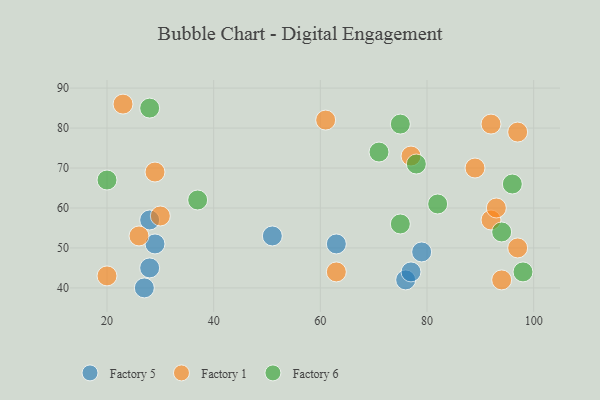
{"axis": {"x": "GDP", "y": "Life Expectancy"}, "legend": ["Factory 1", "Factory 5", "Factory 6"], "data": [{"x": "63", "y": 51, "type": "Factory 5"}, {"x": "28", "y": 45, "type": "Factory 5"}, {"x": "79", "y": 49, "type": "Factory 5"}, {"x": "76", "y": 42, "type": "Factory 5"}, {"x": "29", "y": 51, "type": "Factory 5"}, {"x": "28", "y": 57, "type": "Factory 5"}, {"x": "51", "y": 53, "type": "Factory 5"}, {"x": "77", "y": 44, "type": "Factory 5"}, {"x": "27", "y": 40, "type": "Factory 5"}, {"x": "63", "y": 44, "type": "Factory 1"}, {"x": "26", "y": 53, "type": "Factory 1"}, {"x": "30", "y": 58, "type": "Factory 1"}, {"x": "89", "y": 70, "type": "Factory 1"}, {"x": "97", "y": 50, "type": "Factory 1"}, {"x": "77", "y": 73, "type": "Factory 1"}, {"x": "23", "y": 86, "type": "Factory 1"}, {"x": "92", "y": 57, "type": "Factory 1"}, {"x": "94", "y": 42, "type": "Factory 1"}, {"x": "93", "y": 60, "type": "Factory 1"}, {"x": "29", "y": 69, "type": "Factory 1"}, {"x": "61", "y": 82, "type": "Factory 1"}, {"x": "97", "y": 79, "type": "Factory 1"}, {"x": "92", "y": 81, "type": "Factory 1"}, {"x": "20", "y": 43, "type": "Factory 1"}, {"x": "75", "y": 56, "type": "Factory 6"}, {"x": "20", "y": 67, "type": "Factory 6"}, {"x": "75", "y": 81, "type": "Factory 6"}, {"x": "96", "y": 66, "type": "Factory 6"}, {"x": "71", "y": 74, "type": "Factory 6"}, {"x": "82", "y": 61, "type": "Factory 6"}, {"x": "98", "y": 44, "type": "Factory 6"}, {"x": "28", "y": 85, "type": "Factory 6"}, {"x": "37", "y": 62, "type": "Factory 6"}, {"x": "94", "y": 54, "type": "Factory 6"}, {"x": "78", "y": 71, "type": "Factory 6"}]}